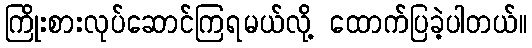
ကြိုးစားလုပ်ဆောင်ကြရမယ်လို့ ထောက်ပြခဲ့ပါတယ်။